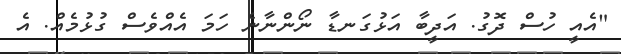
"އެއީ ހުސް ދޮގު. އަދީބާ އަޅުގަނޑާ ނޯންނާނެ ހަމަ އެއްވެސް ގުޅުމެއް. އެ